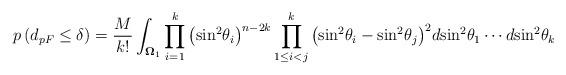
LaTeX: \begin{align*}p\left( {{d_{pF}} \leq \delta } \right) = \frac{M}{{k!}}\int_{{{\mathbf{\Omega }}_1}}{\prod\limits_{i = 1}^k {{{\left({{{\sin }^2}{\theta _i}} \right)}^{n - 2k}}} \prod\limits_{1 \leq i < j}^k {{{\left( {{{\sin }^2}{\theta _i} - {{\sin }^2}{\theta _j}} \right)}^2}} d{{\sin }^2}{\theta _1} \cdots d{{\sin }^2}{\theta _k}}\end{align*}